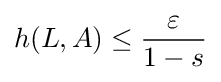
h(L,A)\leq {\frac {\varepsilon }{1-s}}